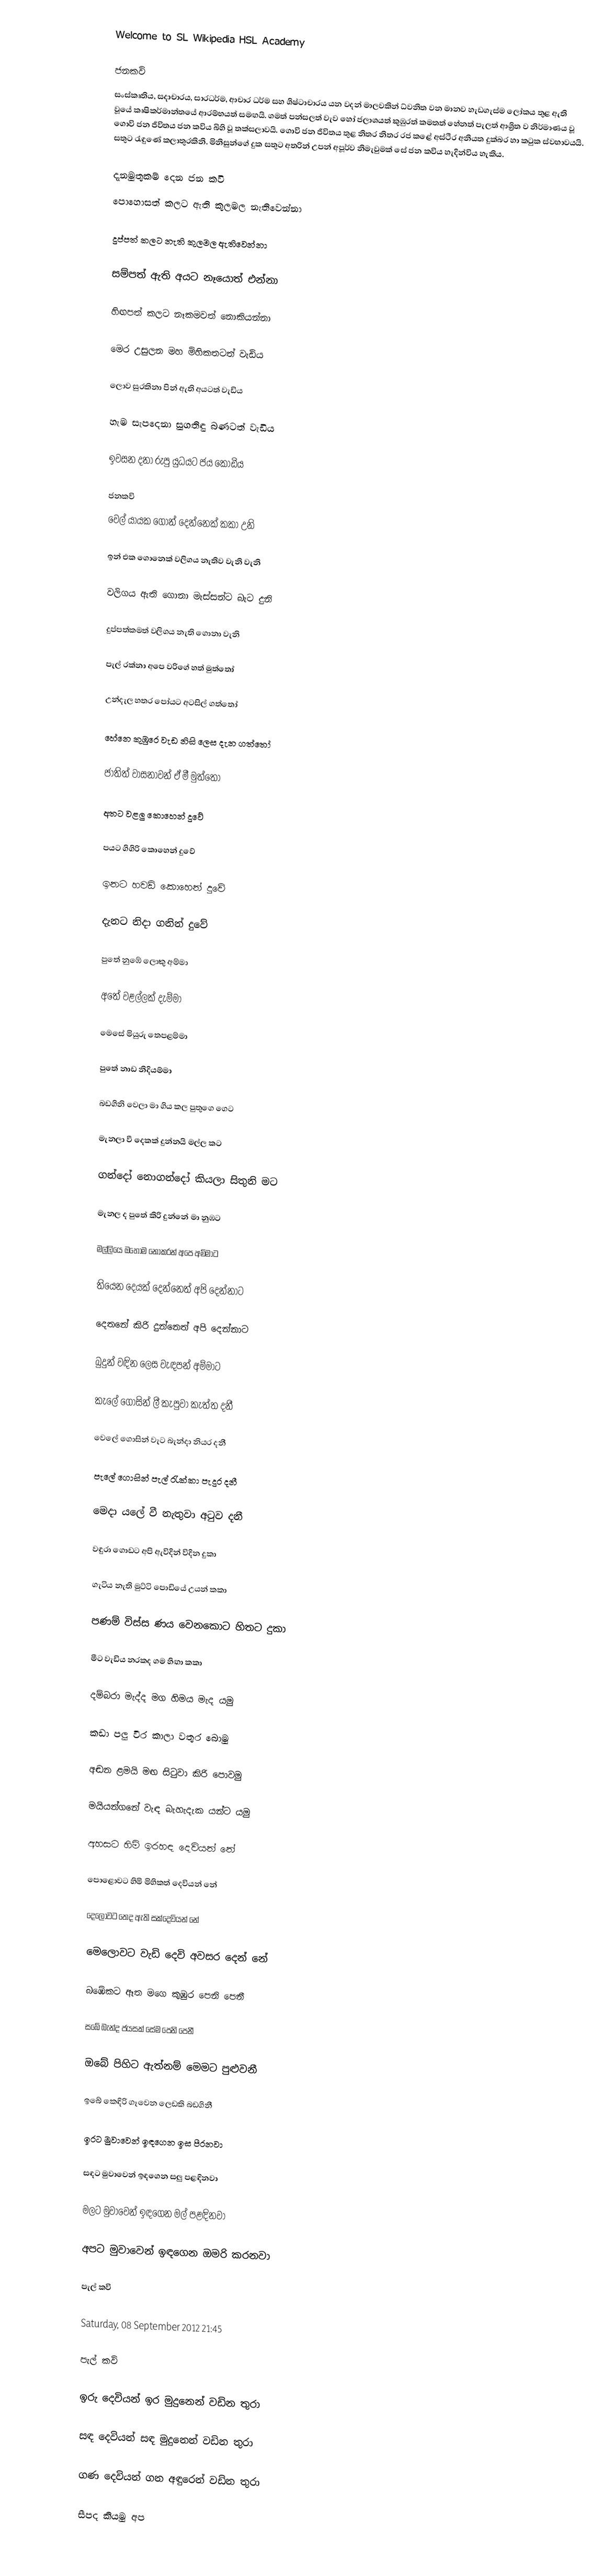
Welcome to SL Wikipedia      HSL Academy

ජනකවි
සංස්කෘතිය, සදාචාරය, සාරධර්ම, ආචාර ධර්ම සහ ශිෂ්ටාචාරය යන වදන් මාලවකින් ධ්වනිත වන මානව හැඩගැස්ම ලෝකය තුළ ඇති වූයේ කෘෂිකර්මාන්තයේ ආරම්භයත් සමඟයි. ගමත් පන්සලත් වැව හෝ ජලාශයත් කුඹුරත් කමතත් හේනත් පැලත් ආශ්‍රිත ව නිර්මාණය වූ ගොවි ජන ජීවිතය ජන කවිය බිහි වූ තක්සලාවයි. ගොවි ජන ජීවිතය තුළ නිතර නිතර රජ කළේ අස්ථීර අනියත දුක්බර හා කටුක ස්වභාවයයි. සතුට රැඳුණේ කලාතුරකිනි. මිනිසුන්ගේ දුක සතුට අතරින් උපන් අපූර්ව නිමැවුමක් සේ ජන කවිය හැදින්විය හැකිය.

දැනමුතුකම් දෙන ජන කවි
පොහොසත් කලට ඇති කුලමල නැතිවෙන්නා

දුප්පත් කලට නැති කුලමල ඇතිවෙන්නා

සම්පත් ඇති අයට නෑයොත් එන්නා

හිඟපත් කලට නෑකමවත් නොකියන්නා

මෙර උසුලන මහ මිහිකතටත් වැඩිය

ලොව සුරකිනා පින් ඇති අයටත් වැඩිය

හැම සැපදෙනා සුගතිඳු බණටත් වැඩිය

ඉවසන දනා රුපු යුධයට ජය කොඩිය

ජනකවි
වෙල් යායක ගොන් දෙන්නෙක්‌ කකා උනි

ඉන් එක ගොනෙක්‌ වලිගය නැතිව වැනි වැනි

වලිගය ඇති ගොනා මැස්‌සන්ට බැට දුනි

දුප්පත්කමත් වලිගය නැති ගොනා වැනි

පැල් රක්‌නා අපෙ වරිගේ හත් මුත්තෝ

උන්දැල හතර පෝයට අටසිල් ගත්තෝ

හේනෙ කුඹුරෙ වැඩ නිසි ලෙස දැන ගත්තෝ

ජාතිත් වාසනාවන් ඒ මී මුත්තෝ

අතට වළලු කොහෙන් දුවේ

පයට ගිගිරි කොහෙන් දුවේ

ඉනට හවඩි කොහෙන් දුවේ

දැනට නිදා ගනින් දුවේ

පුතේ නුඹේ ලොකු අම්මා

අතේ වළල්ලක්‌ දැම්මා

මෙසේ මියුරු තෙපළම්මා

පුතේ නාඩ නිදියම්මා

බඩගිනි වෙලා මා ගිය කල පුතුගෙ ගෙට

මැනලා වී දෙකක්‌ දුන්නයි මල්ල කට

ගන්දෝ නොගන්දෝ කියලා සිතුනි මට

මැනල ද පුතේ කිරි දුන්නේ මා නුඹට

මල්ලියෙ ඔහොම නොකරන් අපෙ අම්මාට

තියෙන දෙයක්‌ දෙන්නෙත් අපි දෙන්නාට

දෙතනේ කිරි දුන්නෙත් අපි දෙන්නාට

බුදුන් වඳින ලෙස වැඳපන් අම්මාට

කැලේ ගොසින් ලී කැපුවා කැත්ත දනී

වෙලේ ගොසින් වැට බැන්දා නියර දනී

පැලේ ගොසින් පැල් රැක්‌කා පැදුර දනී

මෙදා යලේ වී නැතුවා අටුව දනී

වඳුරා ගොඩට අපි ඇවිදින් විදින දුකා

ගැටිය නැති මුට්‌ටි පොඩියේ උයන් කකා

පණම් විස්‌ස ණය වෙනකොට හිතට දුකා

මීට වැඩිය නරකද ගම හිඟා කකා

දම්බරා මැද්ද මග හිමය මැද යමු

කඩා පලු වීර කාලා වතුර බොමු

අඬන ළමයි මඟ සිටුවා කිරි පොවමු

මයියන්ගනේ වැඳ බැහැදැක යන්ට යමු

අහසට හිමි ඉරහඳ දෙවියන් නේ

පොළොවට හිමි මිහිකත් දෙවියන් නේ

දෙලොවට තෙද ඇති සක්‌දෙවියන් නේ

මෙලොවට වැඩි දෙවි අවසර දෙන් නේ

බඹේකට ඈත මගෙ කුඹුර පෙනි පෙනී

සබේ බැන්ද ජයසක්‌ සේම පෙනි පෙනී

ඔබේ පිහිට ඇත්නම් මෙමට පුළුවනී

ඉබේ කෙඳිරි ගෑවෙන ලෙඩකි බඩගිනී

ඉරට මුවාවෙන් ඉඳගෙන ඉස පීරනවා

සඳට මුවාවෙන් ඉඳගෙන සලු පළඳිනවා

මලට මුවාවෙන් ඉඳගෙන මල් පළඳිනවා

අපට මුවාවෙන් ඉඳගෙන ඔමරි කරනවා

පැල් කවි

Saturday, 08 September 2012 21:45

පැල් කවි

ඉරු දෙවියන් ඉර මුදුනෙන් වඩින තුරා

සඳ දෙවියන් සඳ මුදුනෙන් වඩින තුරා

ගණ දෙවියන් ගන අඳුරෙන් වඩින තුරා

සීපද කියමු අප